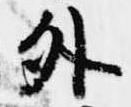
外